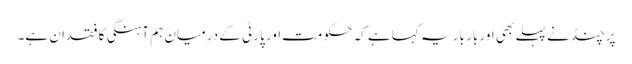
پرچنڈ نے پہلے بھی اور بار بار یہ کہا ہے کہ حکومت اور پارٹی کے درمیان ہم آہنگی کا فقدان ہے۔